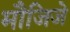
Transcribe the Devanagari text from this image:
मौजिजे